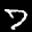
Label: 7